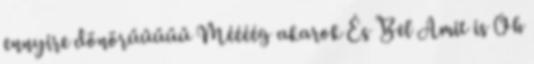
ennyire dönörűűűűű Méééég akarok És Bel Amit is Oh